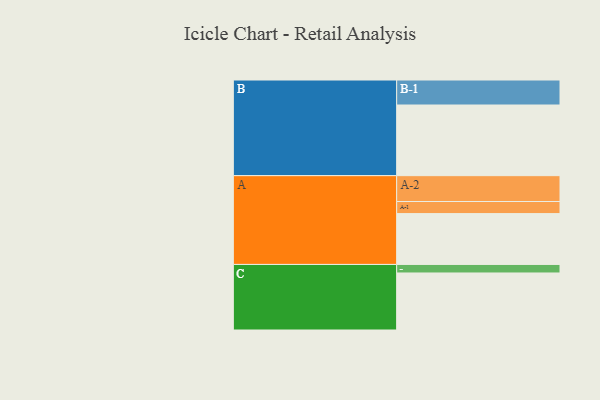
{"axis": {"x": "Segment", "y": "Value"}, "legend": ["", "A", "B", "C"], "data": [{"x": "A", "y": 429, "type": ""}, {"x": "B", "y": 596, "type": ""}, {"x": "C", "y": 481, "type": ""}, {"x": "A-1", "y": 102, "type": "A"}, {"x": "A-2", "y": 218, "type": "A"}, {"x": "B-1", "y": 211, "type": "B"}, {"x": "C-1", "y": 72, "type": "C"}]}